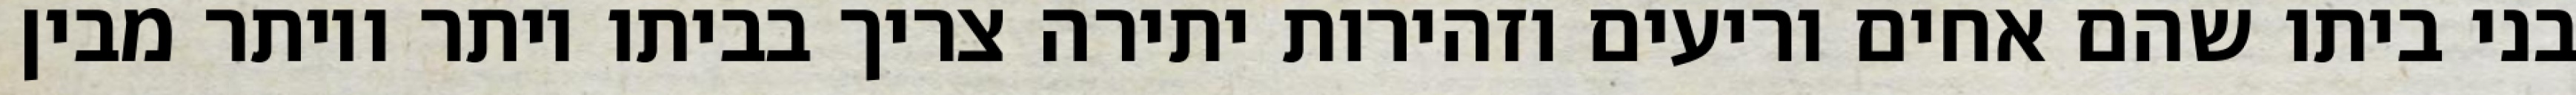
בני ביתו שהם אחים וריעים וזהירות יתירה צריך בביתו יותר ויותר מבין